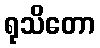
ရုသိတော